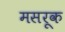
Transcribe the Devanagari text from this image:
मसरूक